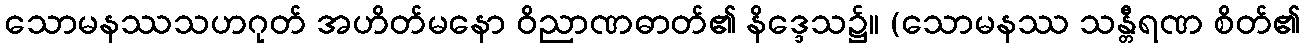
သောမနဿသဟဂုတ် အဟိတ်မနော ဝိညာဏဓာတ်၏ နိဒ္ဒေသ၌။ (သောမနဿ သန္တီရဏ စိတ်၏